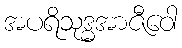
အပရိသုဒ္ဓအာဇီဝေါ